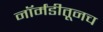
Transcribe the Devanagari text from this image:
नॉर्मंडीतूनच